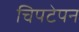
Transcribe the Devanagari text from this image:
चिपटेपन